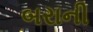
બરાની